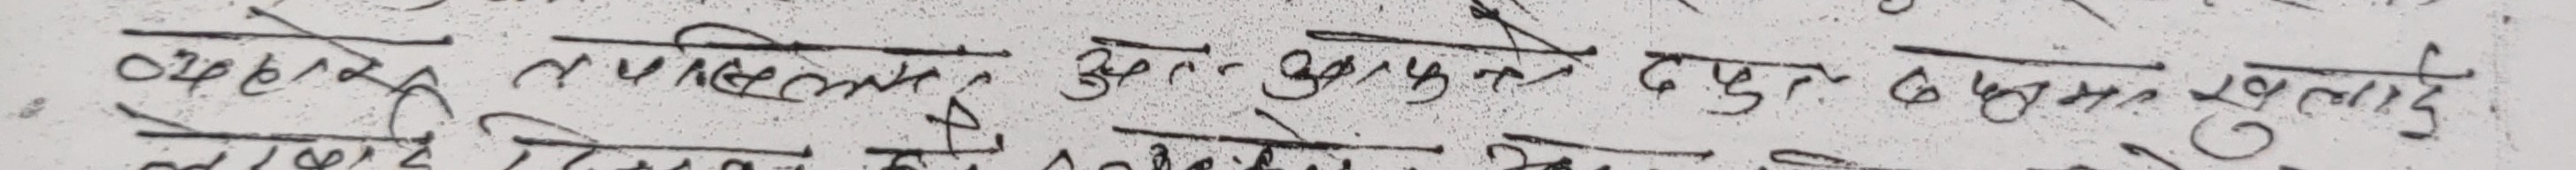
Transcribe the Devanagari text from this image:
०८५ तपस्विन् तुम्हें बहुत शुभकामना रचनाले